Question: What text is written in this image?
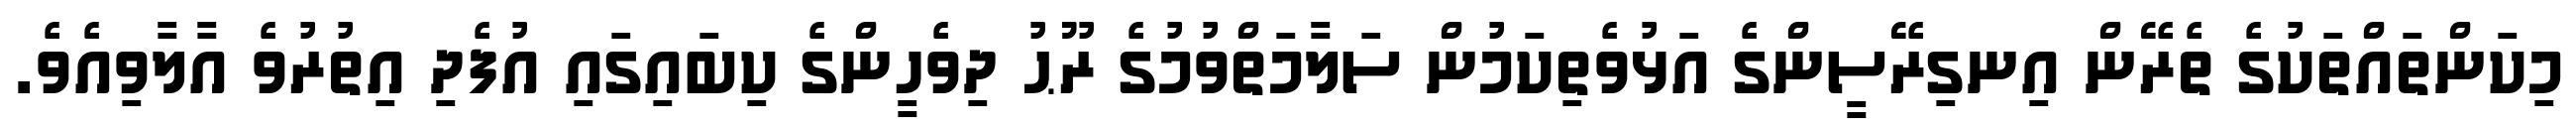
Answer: މިކަންތައްތަކުގެ ތެރޭން އިނގިރޭސީންގެ އަޅުވެތިކަމުން ސަލާމަތްވުމުގެ ރޫޙު ދިވެހީންގެ ކިބައިގައި އުފެދި އިތުރުވެ އާލާވިއެވެ.